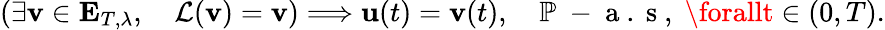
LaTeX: \left(\exists\mathbf{v}\in\mathbf{{E}}_{T,\lambda},\quad\mathcal{{L}}(\mathbf{v})=\mathbf{v}\right)\Longrightarrow\textbf{{u}}(t)=\mathbf{v}(t),\quad\mathbb{{P}}\mathrm{{~-~a~.~s~}},\; \forallt\in(0,T).